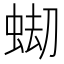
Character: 𧋤